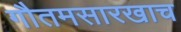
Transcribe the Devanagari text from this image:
गौतमसारखाच